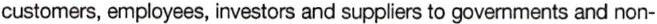
customers, employees, investors and suppliers to governments and non-